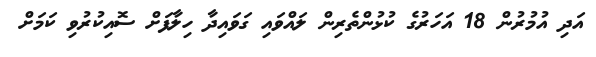
އަދި އުމުރުން 18 އަހަރުގެ ކުޅުންތެރިން ލައްވައި ގަވައިދާ ހިލާފަށް ސޮއިކުރުވި ކަމަށް